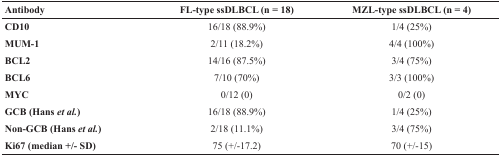
<table><thead><tr><td><b>Antibody</b></td><td><b>FL-type ssDLBCL (n = 18)</b></td><td><b>MZL-type ssDLBCL (n = 4)</b></td></tr></thead><tbody><tr><td><b>CD10</b></td><td>16/18 (88.9%)</td><td>1/4 (25%)</td></tr><tr><td><b>MUM-1</b></td><td>2/11 (18.2%)</td><td>4/4 (100%)</td></tr><tr><td><b>BCL2</b></td><td>14/16 (87.5%)</td><td>3/4 (75%)</td></tr><tr><td><b>BCL6</b></td><td>7/10 (70%)</td><td>3/3 (100%)</td></tr><tr><td><b>MYC</b></td><td>0/12 (0)</td><td>0/2 (0)</td></tr><tr><td><b>GCB (Hans <i>et al.</i></b>)</td><td>16/18 (88.9%)</td><td>1/4 (25%)</td></tr><tr><td><b>Non-GCB (Hans <i>et al.</i></b>)</td><td>2/18 (11.1%)</td><td>3/4 (75%)</td></tr><tr><td><b>Ki67 (median +/- SD)</b></td><td>75 (+/-17.2)</td><td>70 (+/-15)</td></tr></tbody></table>